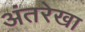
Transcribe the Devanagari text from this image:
अंतरेखा